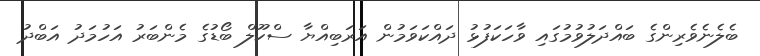
ބެލެނެވެރިންގެ ބައްދަލުވުމުގައި ވާހަކަފުޅު ދައްކަވަމުން އަރަބިއްޔާ ސްކޫލް ބޯޑުގެ މެންބަރު އަހުމަދު އަބްދު